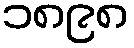
၁၈၉၈